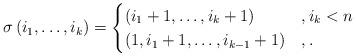
LaTeX: \begin{align*} \sigma \, (i_1, \dots, i_k) = \begin{cases} (i_1+1, \dots, i_k+1) & , i_k<n \\ (1, i_1+1, \dots, i_{k-1}+1) & , . \end{cases}\end{align*}